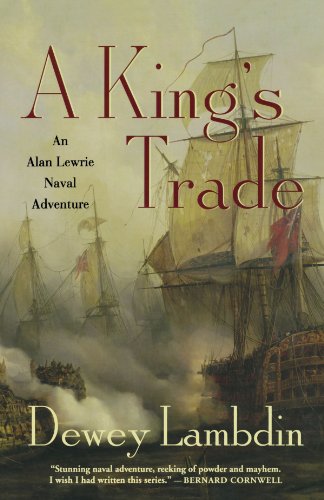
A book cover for A King's Trade: An Alan Lewrie Naval Adventure (Alan Lewrie Naval Adventures); Dewey Lambdin; Literature & Fiction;